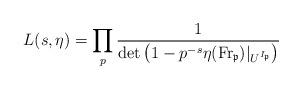
LaTeX: \begin{align*}L(s,\eta) = \prod_p \frac{1}{ \det\big( 1 - p^{-s} \eta(\mathrm{Fr}_\mathfrak{p})|_{U^{I_\mathfrak{p}}} \big) }\end{align*}